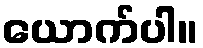
ယောက်ပါ။